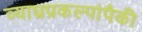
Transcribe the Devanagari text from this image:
व्याघ्रप्रकल्पांपैकी